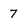
Character: 7